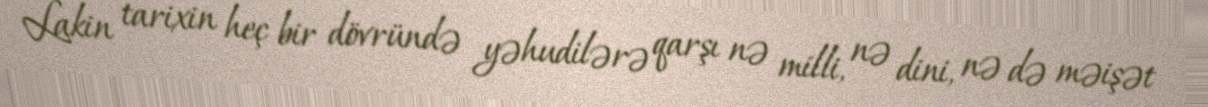
Lakin tarixin heç bir dövründə yəhudilərə qarşı nə milli, nə dini, nə də məişət